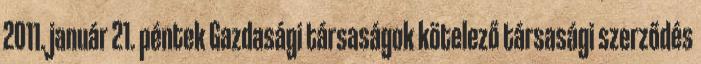
2011. január 21. péntek Gazdasági társaságok kötelező társasági szerződés